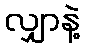
လျှာနဲ့